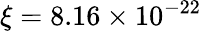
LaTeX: \xi=8.16\times 10^{-22}